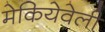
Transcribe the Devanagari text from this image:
मेकियेवेली